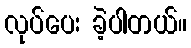
လုပ်ပေး ခဲ့ပါတယ်။